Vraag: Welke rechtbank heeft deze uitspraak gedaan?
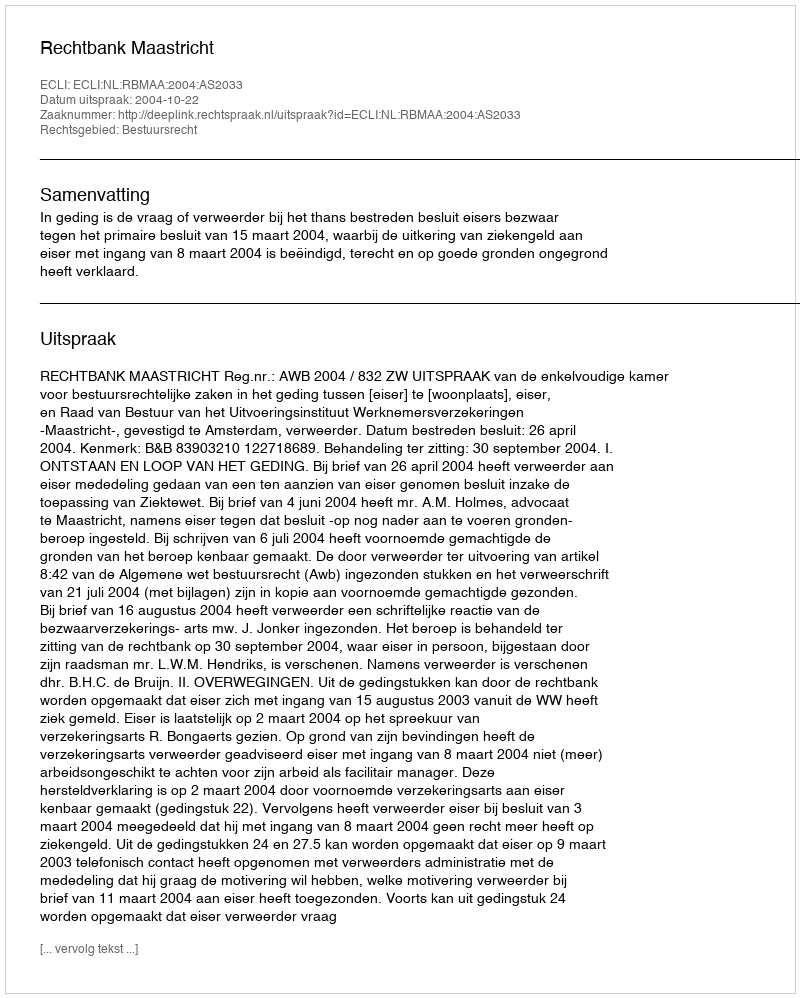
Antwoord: Rechtbank Maastricht